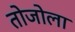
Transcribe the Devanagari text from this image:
तोजोला